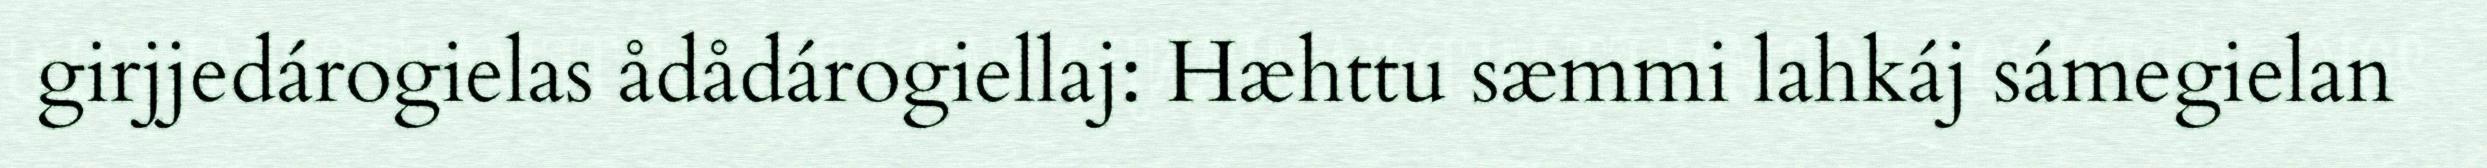
girjjedárogielas ådådárogiellaj: Hæhttu sæmmi lahkáj sámegielan